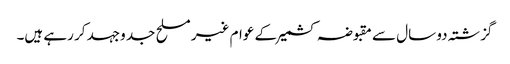
گزشتہ دو سال سے مقبوضہ کشمیر کے عوام غیر مسلح جد وجہد کر رہے ہیں۔